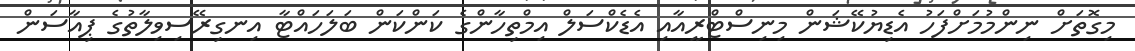
މިގޮތަށް ނިންމުމަށްފަހު އެޑިޔުކޭޝަން މިނިސްޓްރީއާއި އެޑެކްސަލް އިމްތިހާންގެ ކަންކަން ބަލަހައްޓާ އިނގިރޭސިވިލާތުގެ ޕިއާސަން